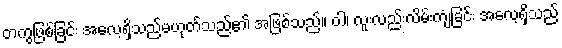
တကွဖြစ်ခြင်း အလေ့ရှိသည်မဟုတ်သည်၏ အဖြစ်သည်။ ဝါ၊ လူးလည်းလိမ်းကျံခြင်း အလေ့ရှိသည်